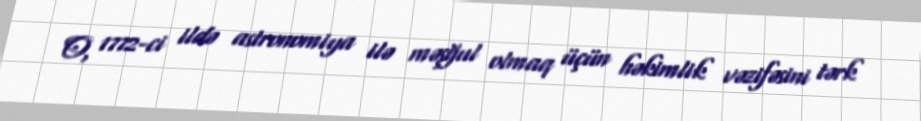
O, 1772-ci ildə astronomiya ilə məşğul olmaq üçün həkimlik vəzifəsini tərk